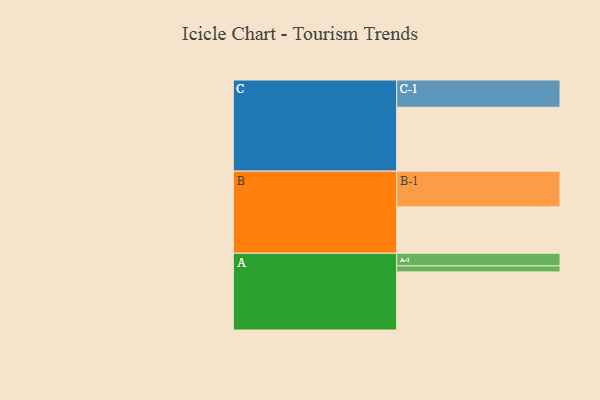
{"axis": {"x": "Segment", "y": "Value"}, "legend": ["", "A", "B", "C"], "data": [{"x": "A", "y": 483, "type": ""}, {"x": "B", "y": 386, "type": ""}, {"x": "C", "y": 531, "type": ""}, {"x": "A-1", "y": 105, "type": "A"}, {"x": "A-2", "y": 50, "type": "A"}, {"x": "B-1", "y": 297, "type": "B"}, {"x": "C-1", "y": 227, "type": "C"}]}